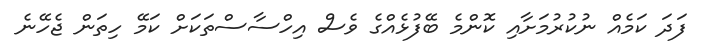
ފަދަ ކަމެއް ނުކުރުމަށާއި ކޮންމެ ބޭފުޅެއްގެ ވެސް އިހްސާސްތަކަށް ކަމޭ ހިތަން ޖެހޭނެ